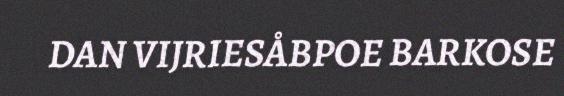
DAN VIJRIESÅBPOE BARKOSE